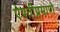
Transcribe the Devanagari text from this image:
ऐपतीप्रमाणे